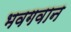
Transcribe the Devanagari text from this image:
भवगवान